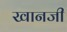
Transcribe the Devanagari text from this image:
खानजी